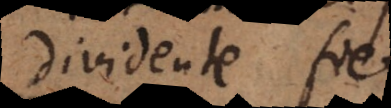
dividente fiet